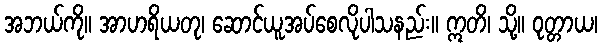
အဘယ်ကို။ အာဟရိယတု၊ ဆောင်ယူအပ်စေလိုပါသနည်း။ ဣတိ၊ သို့။ ဝုတ္တာယ၊